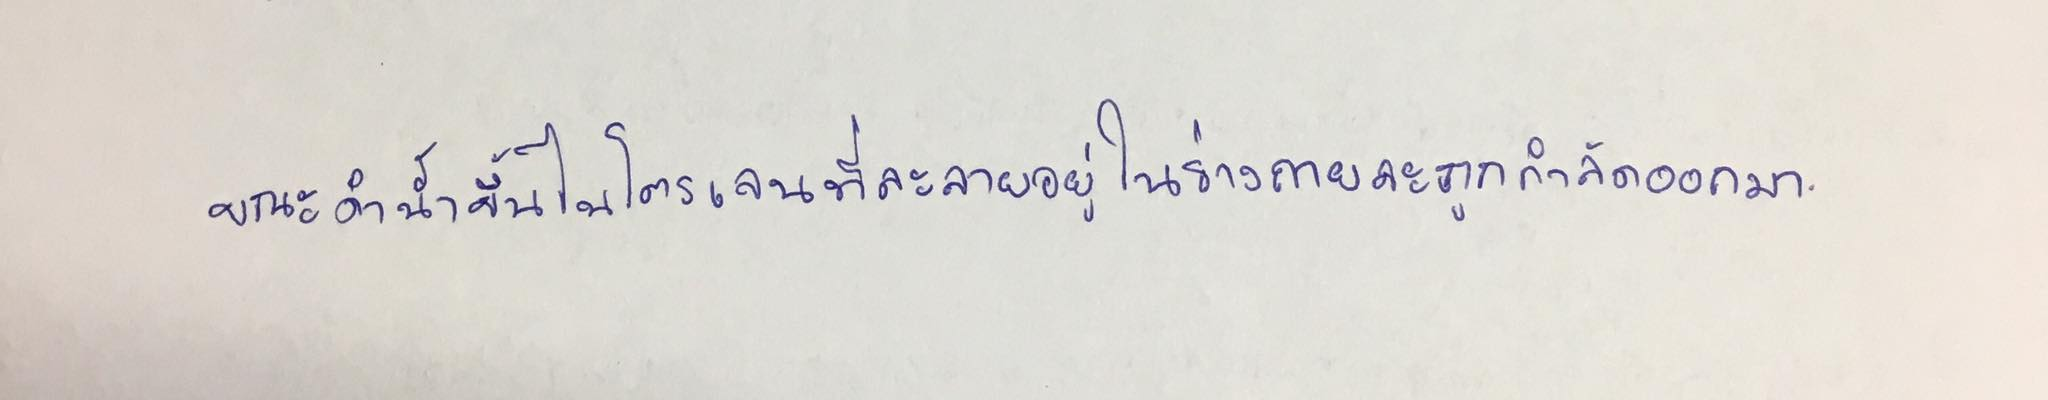
ขณะดำน้ำขึ้นไนโตรเจนที่ละลายอยู่ในร่างกายจะถูกกำจัดออกมา